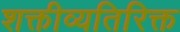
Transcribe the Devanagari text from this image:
शक्तीव्यतिरिक्त